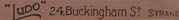
LuDO 24.Buckingham St STANO